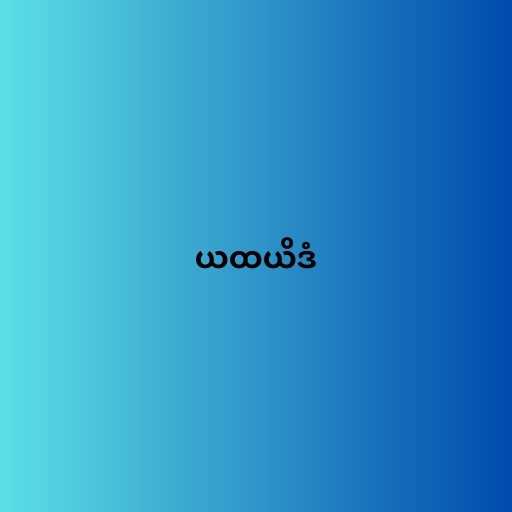
ယထယိဒံ